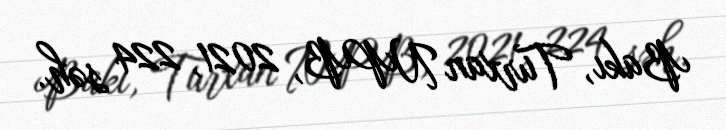
Bakı, Turxan NPB, 2021, 224 səh.